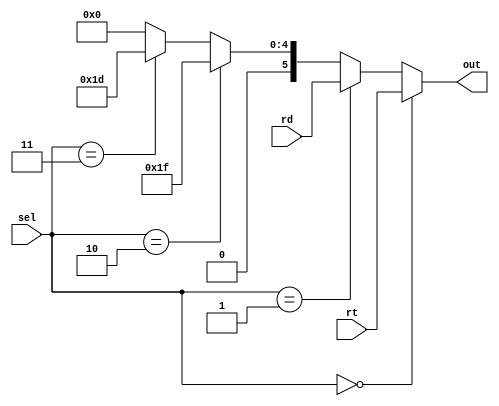
// input do regdest
module regDestMUX (
    input wire [1:0] sel,
    input wire [5:0] rt,
    input wire [5:0] rd,
    output wire [5:0] out
);

    assign out =(sel == 0)? rt :
                (sel == 1)? rd :
                (sel == 2)? 5'b11111 :
                (sel == 3)? 5'b11101 :
                5'b00000;

endmodule